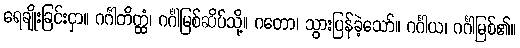
ရေချိုးခြင်းငှာ။ ဂင်္ဂါတိတ္ထံ၊ ဂင်္ဂါမြစ်ဆိပ်သို့။ ဂတော၊ သွားပြန်ခဲ့သော်။ ဂင်္ဂါယ၊ ဂင်္ဂါမြစ်၏။